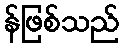
န်ဖြစ်သည်